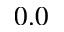
0 . 0